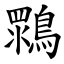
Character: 䳴